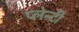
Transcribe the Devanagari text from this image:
प्लेन्टी